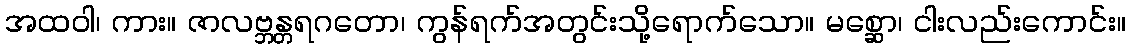
အထဝါ၊ ကား။ ဇာလဗ္ဘန္တရဂတော၊ ကွန်ရက်အတွင်းသို့ရောက်သော။ မစ္ဆော၊ ငါးလည်းကောင်း။